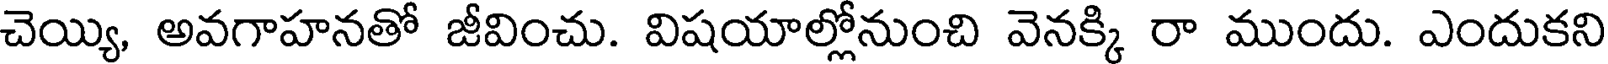
చెయ్యి, అవగాహనతో జీవించు. విషయాల్లోనుంచి వెనక్కి రా ముందు. ఎందుకని